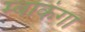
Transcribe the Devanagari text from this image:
म्बाकंगा